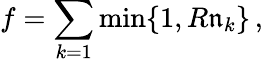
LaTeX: f=\sum_{k=1}\operatorname*{min}\{ 1,R\mathfrak{n}_{k}\} \, ,